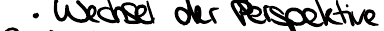
Wechsel der Perspektive